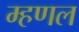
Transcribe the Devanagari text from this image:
म्हणल